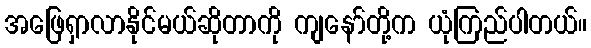
အဖြေရှာလာနိုင်မယ်ဆိုတာကို ကျနော်တို့က ယုံကြည်ပါတယ်။